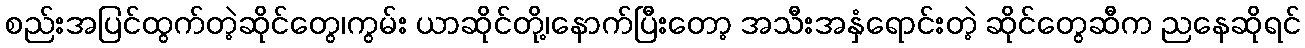
စည်းအပြင်ထွက်တဲ့ဆိုင်တွေ၊ကွမ်း ယာဆိုင်တို့၊နောက်ပြီးတော့ အသီးအနှံရောင်းတဲ့ ဆိုင်တွေဆီက ညနေဆိုရင်